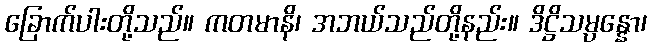
ခြောက်ပါးတို့သည်။ ကတမာနိ၊ အဘယ်သည်တို့နည်း။ ဒိဋ္ဌိသမ္ပန္နော၊